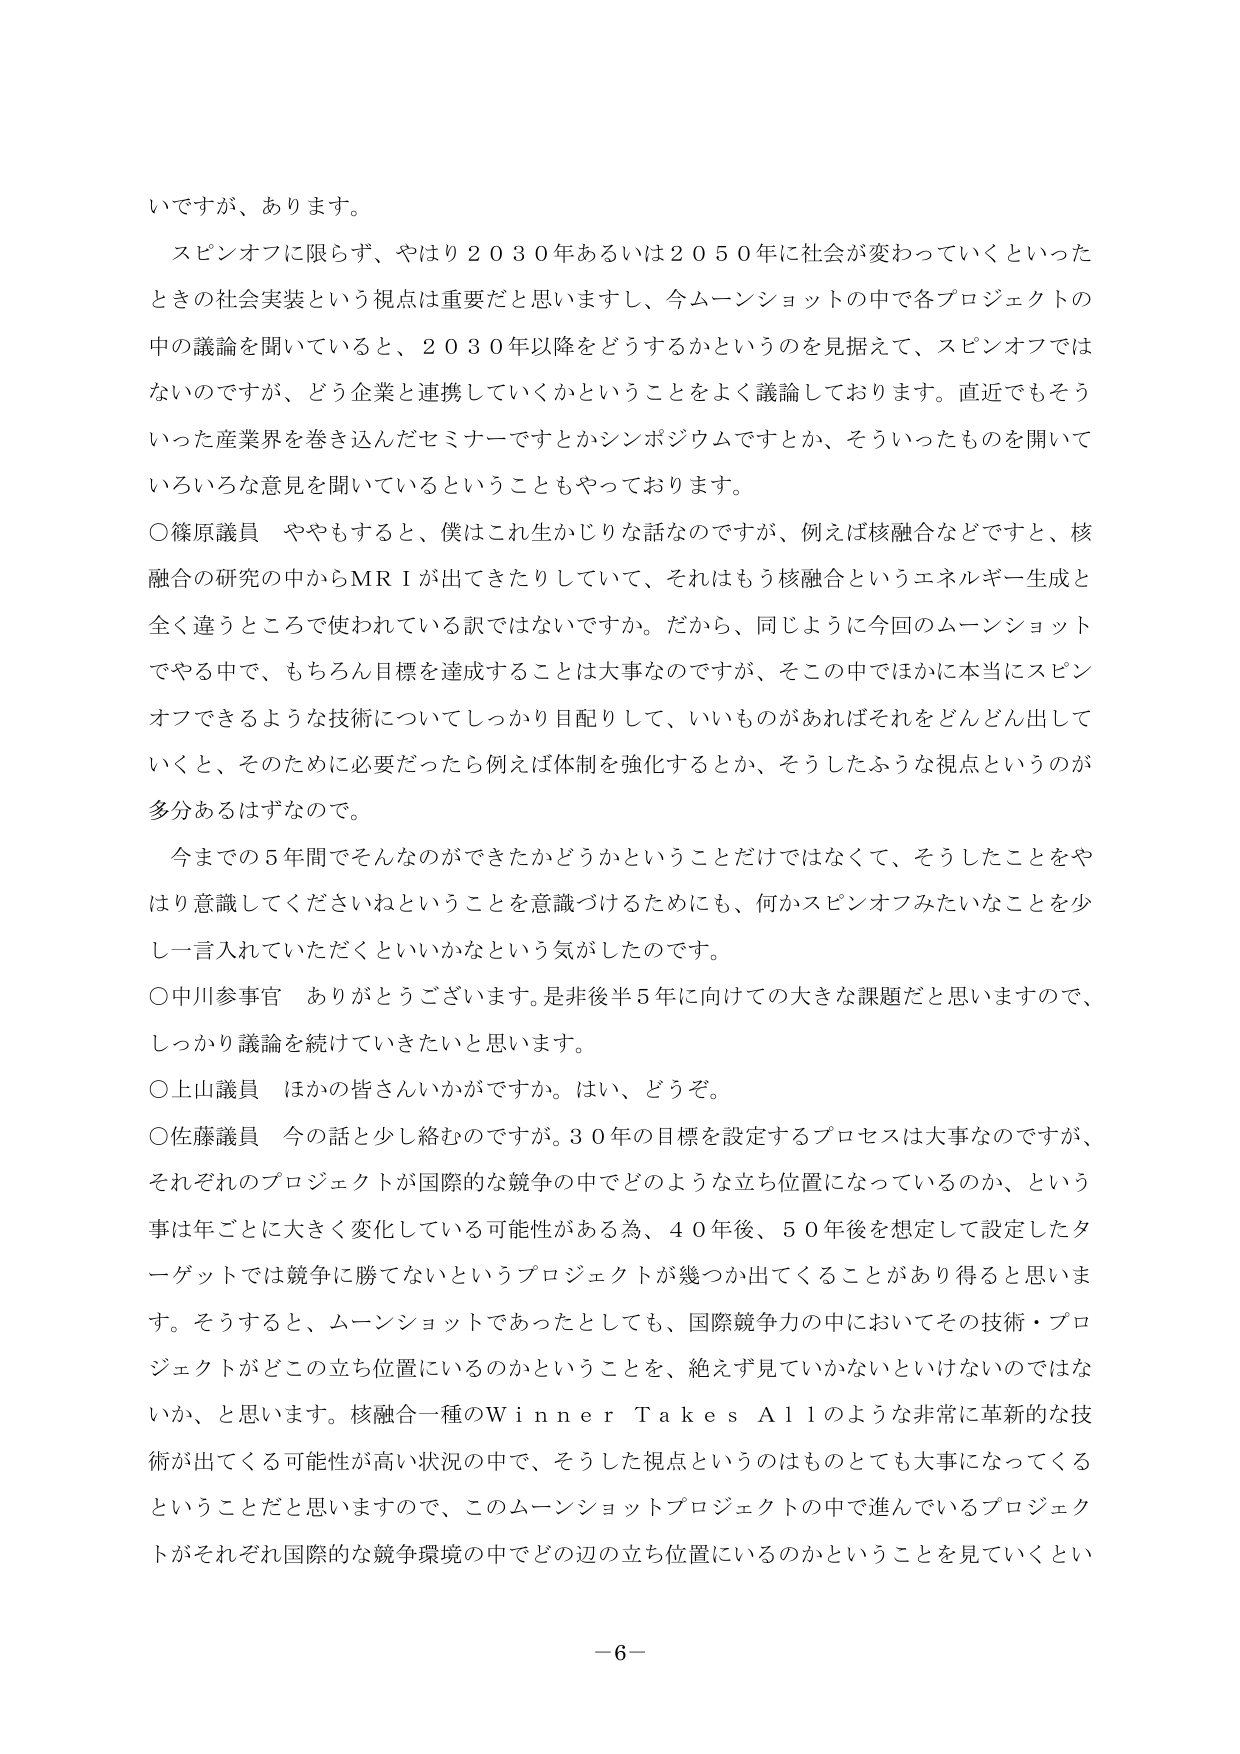
いですが、あります。

スピンオフに限らず、やはり２０３０年あるいは２０５０年に社会が変わっていくといった
ときの社会実装という視点は重要だと思いますし、今ムーンショットの中で各プロジェクトの
中の議論を聞いていると、２０３０年以降をどうするかというのを見据えて、スピンオフでは
ないのですが、どう企業と連携していくかということをよく議論しております。直近でもそう
いった産業界を巻き込んだセミナーですとかシンポジウムですとか、そういったものを開いて
いろいろな意見を聞いているということもやっております。

○篠原議員　ややもすると、僕はこれ生かじりな話なのですが、例えば核融合などですと、核
融合の研究の中からＭＲＩが出てきたりしていて、それはもう核融合というエネルギー生成と
全く違うところで使われている訳ではないですか。だから、同じように今回のムーンショット
でやる中で、もちろん目標を達成することは大事なのですが、そこの中ではほかに本当にスピン
オフできるような技術についてしっかり目配りして、いいものがあればそれをどんどん出して
いくと、そのために必要だったら例えば体制を強化するとか、そうしたふうな視点というのが
多分あるはずなので。

今までの５年間でそんなのができたかどうかということだけではなくて、そうしたことをや
はり意識してくださいねということを意識づけるためにも、何かスピンオフみたいなことを少
し一言入れていただくといいかなという気がしたのです。

○中川参事官　ありがとうございます。是非後半５年に向けての大きな課題だと思いますので、
しっかり議論を続けていきたいと思います。

○上山議員　ほかの皆さんいかがですか。はい、どうぞ。

○佐藤議員　今の話と少し絡むのですが。３０年の目標を設定するプロセスは大事なのですが、
それぞれのプロジェクトが国際的な競争の中でどのような立ち位置になっているのか、という
事は年ごとに大きく変化している可能性がある為、４０年後、５０年後を想定して設定したタ
ーゲットでは競争に勝てないというプロジェクトが幾つか出てくることがあり得ると思いま
す。そうすると、ムーンショットであったとしても、国際競争力の中においてその技術・プロ
ジェクトがどの立ち位置にいるのかということを、絶えず見ていかないといけないのではな
いか、と思います。核融合一種のＷｉｎｎｅｒ Ｔａｋｅｓ Ａｌｌのような非常に革新的な技
術が出てくる可能性が高い状況の中で、そうした視点というのはものとても大事になってくる
ということだと思いますので、このムーンショットプロジェクトの中で進んでいるプロジェクト
がそれぞれ国際的な競争環境の中でどの辺の立ち位置にいるのかということを見ていくとい

－６－